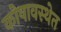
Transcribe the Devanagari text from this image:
कोषावस्थेत